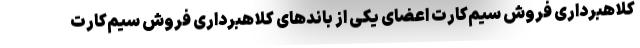
کلاهبرداری فروش سیم‌کارت اعضای یکی از باندهای کلاهبرداری فروش سیم‌کارت